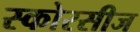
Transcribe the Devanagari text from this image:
स्कोरसीज